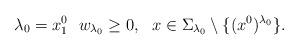
LaTeX: \begin{align*}\lambda_0=x_1^0~~w_{\lambda_0}\geq0,~~x\in\Sigma_{\lambda_0}\setminus\{(x^0)^{\lambda_0}\}.\end{align*}